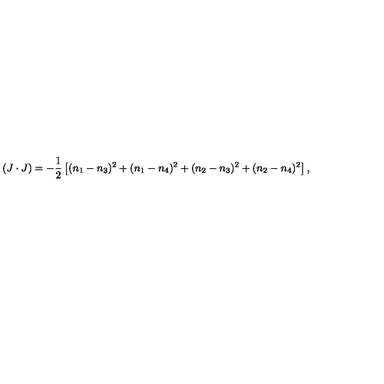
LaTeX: ( J \cdot J ) = - \frac { 1 } { 2 } \left[ ( n _ { 1 } - n _ { 3 } ) ^ { 2 } + ( n _ { 1 } - n _ { 4 } ) ^ { 2 } + ( n _ { 2 } - n _ { 3 } ) ^ { 2 } + ( n _ { 2 } - n _ { 4 } ) ^ { 2 } \right] ,